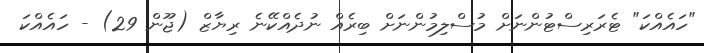
"ހައެއްކަ" ޓެރަރިސްޓުންނަށް މުސްލިމުންނަށް ބިރެއް ނުދެއްކޭނެ ރިޔާޒް (ޖޫން 29) - ހައެއްކަ